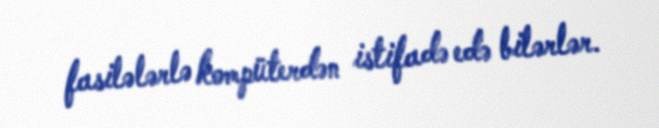
fasilələrlə kompüterdən istifadə edə bilərlər.